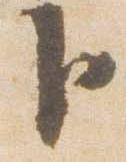
臣